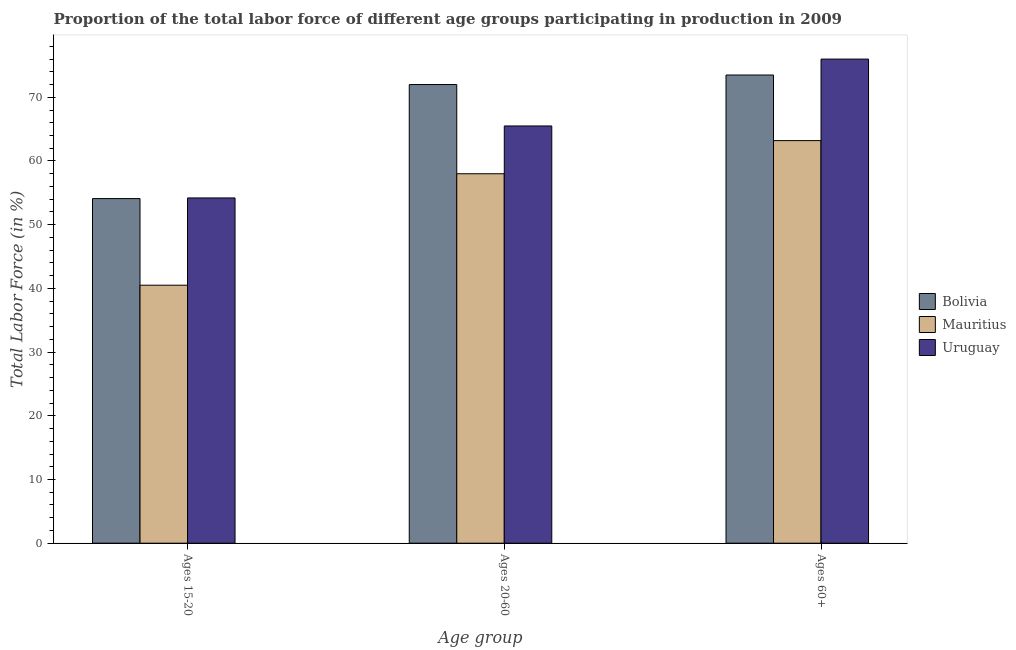
| Age group | Bolivia | Mauritius | Uruguay |
 | --- | --- | --- | --- |
 | Ages 15-20 | 54.1 | 40.5 | 54.2 |
 | Ages 20-60 | 72 | 58 | 65.5 |
 | Ages 60+ | 73.5 | 63.2 | 76 |